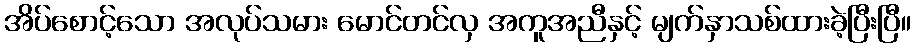
အိပ်စောင့်သော အလုပ်သမား မောင်တင်လှ အကူအညီနှင့် မျက်နှာသစ်ထားခဲ့ပြီးပြီ။